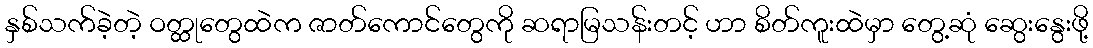
နှစ်သက်ခဲ့တဲ့ ဝတ္ထုတွေထဲက ဇာတ်ကောင်တွေကို ဆရာမြသန်းတင့် ဟာ စိတ်ကူးထဲမှာ တွေ့ဆုံ ဆွေးနွေးဖို့